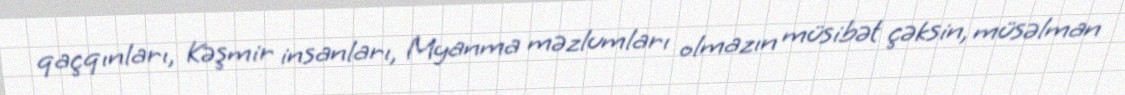
qaçqınları, Kəşmir insanları, Myanma məzlumları olmazın müsibət çəksin, müsəlman